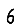
Digit: 6